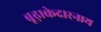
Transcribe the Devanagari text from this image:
बूढ़ाकेदारनाथ